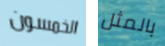
الخمسون بالمثل